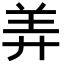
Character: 𬙬